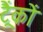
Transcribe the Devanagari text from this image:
ट्रैंकों